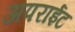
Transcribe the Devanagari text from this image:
अपराईट